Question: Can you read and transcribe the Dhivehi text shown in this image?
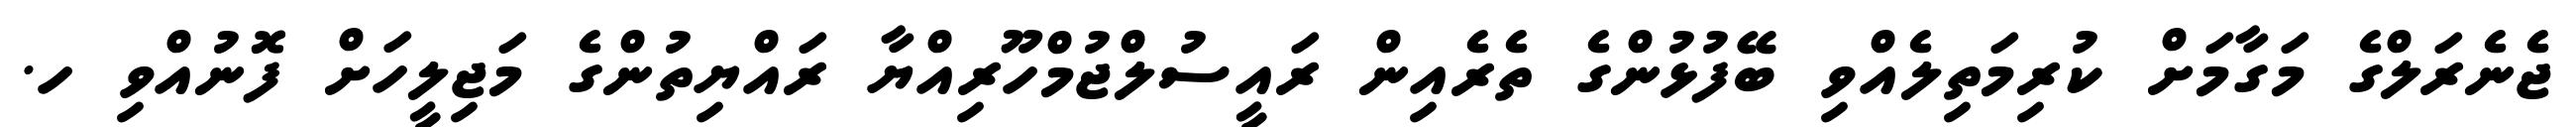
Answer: ޖެނެރަލްގެ މަގާމަށް ކުރިމަތިލެއްވި ބޭފުޅުންގެ ތެރެއިން ރައީސުލްޖުމްހޫރިއްޔާ ރައްޔިތުންގެ މަޖިލީހަށް ފޮނުއްވި ހ.